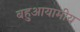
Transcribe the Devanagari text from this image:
बहुआयामीय